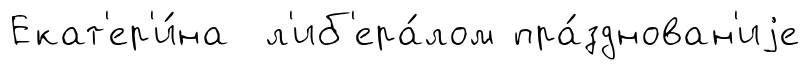
Екат'ер'и́на л'иб'ера́лом пра́зднован'иjе